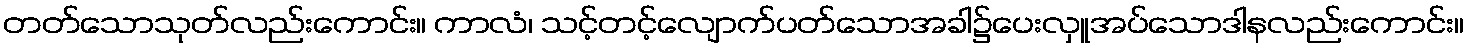
တတ်သောသုတ်လည်းကောင်း။ ကာလံ၊ သင့်တင့်လျောက်ပတ်သောအခါ၌ပေးလှူအပ်သောဒါနလည်းကောင်း။